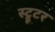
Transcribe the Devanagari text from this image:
स्ट्रूटर